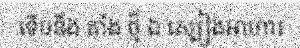
ទើបនឹង តាំង ថ្មី ឯ ស្បៀងអាហារ